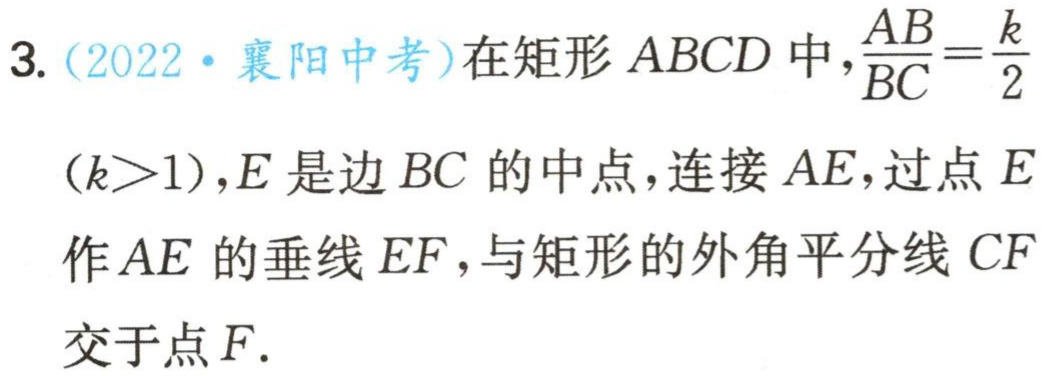
3.（2022·襄阳中考）在矩形 \(ABCD\) 中，\(\frac{AB}{BC}=\frac{k}{2}\)（\(k > 1\)），\(E\) 是边 \(BC\) 的中点，连接 \(AE\)，过点 \(E\) 作 \(AE\) 的垂线 \(EF\)，与矩形的外角平分线 \(CF\) 交于点 \(F\).